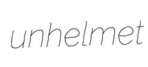
unhelmet